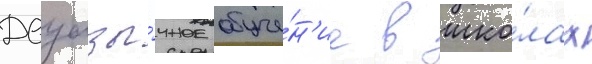
Двуазы́чное обуче́н'ие в шко́лах